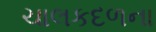
ચાલકદળના